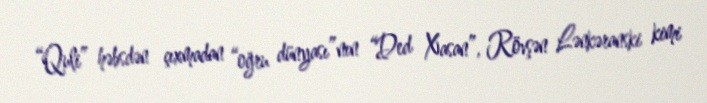
“Quli” həbsdən çıxmadan “oğru dünyası”nın “Ded Xasan”, Rövşən Lənkəranski kimi